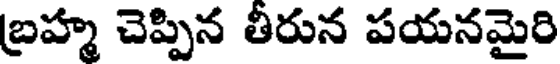
బ్రహ్మ చెప్పిన తీరున పయనమైరి